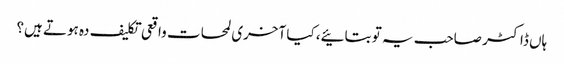
ہاں ڈاکٹر صاحب یہ تو بتائیے، کیا آخری لمحات واقعی تکلیف دہ ہوتے ہیں؟